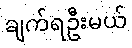
ချက်ရဦးမယ်